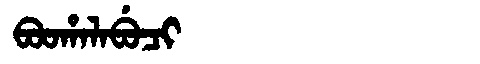
Manchu: ᠪᠣᠣᡥᠠᠯᠠᠪᡠᠴᡳ
Romanization: BOOHALABUCI